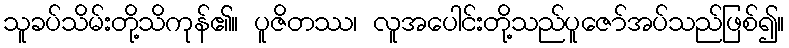
သူခပ်သိမ်းတို့သိကုန်၏။ ပူဇိတဿ၊ လူအပေါင်းတို့သည်ပူဇော်အပ်သည်ဖြစ်၍။